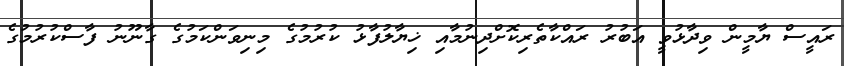
ރައީސް ޔާމީން ވިދާޅުވީ އަބުރު ރައްކާތެރިކޮށްދިނުމާއި ޚިޔާލުފާޅު ކުރުމުގެ މިނިވަންކަމުގެ ގާނޫނު ފާސްކުރުމުގެ